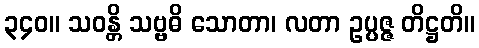
၃၄၀။ သဝန္တိ သဗ္ဗဓိ သောတာ၊ လတာ ဥပ္ပဇ္ဇ တိဋ္ဌတိ။